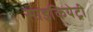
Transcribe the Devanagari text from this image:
साइकियेट्री